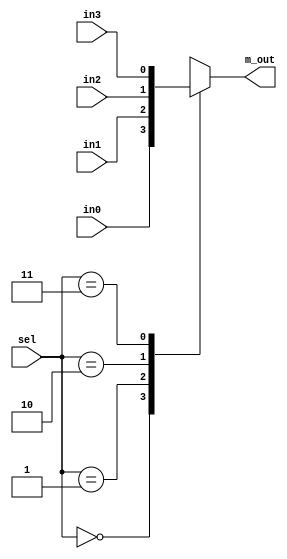
`timescale 1ns / 1ps
module mux4X1(
output reg m_out,
input in0,in1,in2,in3,
input [0:1] sel);
always @(in0,in1,in2,in3,sel)
 case(sel)
  2'b00 : m_out=in0;
  2'b01 : m_out=in1;
  2'b10 : m_out=in2;
  2'b11 : m_out=in3;
  endcase
endmodule